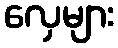
လှေများ